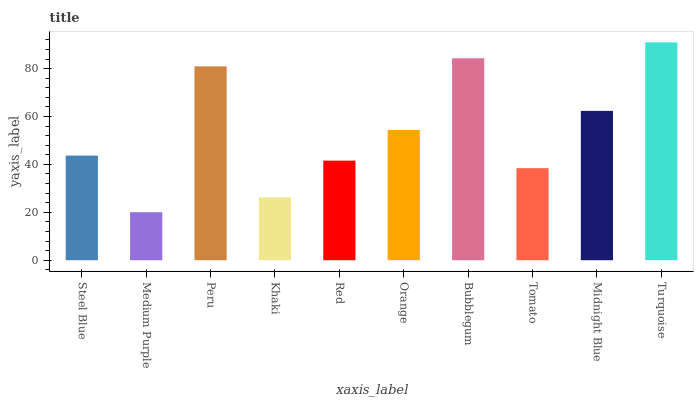
| xaxis_label | bars |
 | --- | --- |
 | Steel Blue | 43.7 |
 | Medium Purple | 20 |
 | Peru | 80.9 |
 | Khaki | 26.2 |
 | Red | 41.6 |
 | Orange | 54.4 |
 | Bubblegum | 84.3 |
 | Tomato | 38.4 |
 | Midnight Blue | 62.3 |
 | Turquoise | 90.9 |